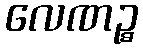
လေဏဉ္စ